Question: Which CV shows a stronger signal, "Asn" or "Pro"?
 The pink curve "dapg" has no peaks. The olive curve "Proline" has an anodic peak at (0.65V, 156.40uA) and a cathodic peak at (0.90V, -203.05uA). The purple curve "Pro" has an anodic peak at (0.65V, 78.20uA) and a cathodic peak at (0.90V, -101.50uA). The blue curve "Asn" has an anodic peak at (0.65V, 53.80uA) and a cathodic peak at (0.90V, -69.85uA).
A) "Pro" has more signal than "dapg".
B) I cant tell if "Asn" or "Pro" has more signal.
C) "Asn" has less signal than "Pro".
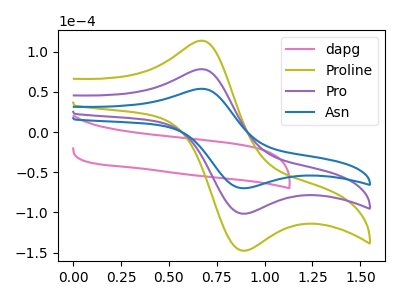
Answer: <think>All the peaks in "Asn" have a peak in "Pro" at the same potential. Every peak in "Asn" is lower than every peak in "Pro".
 </think>
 <answer>C) "Asn" has less signal than "Pro".</answer>
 <eval>C</eval>